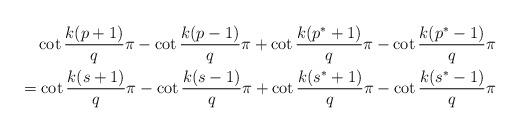
LaTeX: \begin{align*}\cot\frac{k(p+1)}{q}\pi-\cot\frac{k(p-1)}{q}\pi+\cot\frac{k(p^*+1)}{q}\pi-\cot\frac{k(p^*-1)}{q}\pi\\= \cot\frac{k(s+1)}{q}\pi-\cot\frac{k(s-1)}{q}\pi+\cot\frac{k(s^*+1)}{q}\pi-\cot\frac{k(s^*-1)}{q}\pi\end{align*}